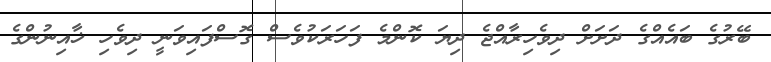
ބޭރުގެ ބައެއްގެ ދަށަށް ދިވެހިރާއްޖެ ދިޔަ ކޮންމެ ފަހަރަކުވެސް ގޮސްފައިވަނީ ދިވެހި ޚާއިނުންގެ